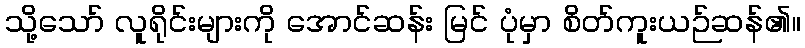
သို့သော် လူရိုင်းများကို အောင်ဆန်း မြင် ပုံမှာ စိတ်ကူးယဉ်ဆန်၏။